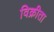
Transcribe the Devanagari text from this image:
विक्रीता